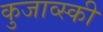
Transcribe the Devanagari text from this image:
कुजाव्स्की